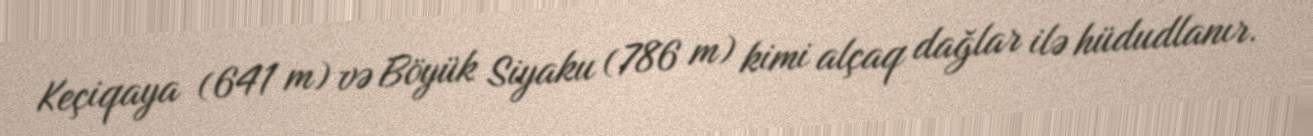
Keçiqaya (641 m) və Böyük Siyaku (786 m) kimi alçaq dağlar ilə hüdudlanır.